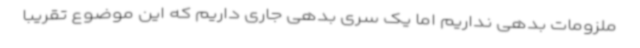
ملزومات بدهی نداریم اما یک سری بدهی جاری داریم که این موضوع تقریباً